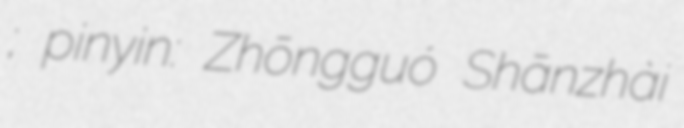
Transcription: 中國山寨電視台春節聯歡晚會; pinyin: Zhōngguó Shānzhài